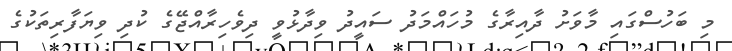
މި ބަހުސްގައި މާވަށު ދާއިރާގެ މުހައްމަދު ސައީދު ވިދާޅުވީ ދިވެހިރާއްޖޭގެ ކުދި ވިޔަފާރިތަކުގެ